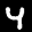
Label: 4